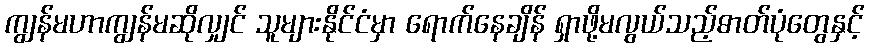
ကျွန်မဟာကျွန်မဆိုလျှင် သူများနိုင်ငံမှာ ရောက်နေချိန် ရှာဖို့မလွယ်သည့်ဓာတ်ပုံတွေနှင့်